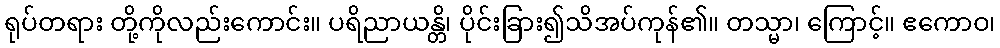
ရုပ်တရား တို့ကိုလည်းကောင်း။ ပရိညာယန္တိ၊ ပိုင်းခြား၍သိအပ်ကုန်၏။ တသ္မာ၊ ကြောင့်။ ဧကောဝ၊